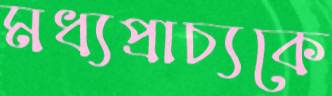
মধ্যপ্রাচ্যকে